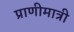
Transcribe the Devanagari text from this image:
प्राणीमात्री